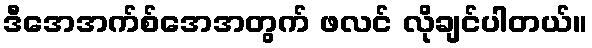
ဒီအေအက်စ်အေအတွက် ဖလင် လိုချင်ပါတယ်။